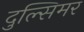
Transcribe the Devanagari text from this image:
दुल्सिमर